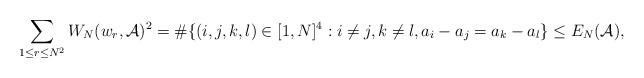
LaTeX: \begin{align*}\sum_{1\leq r\leq N^2}W_N(w_r,\mathcal{A})^2=\#\{(i,j,k,l)\in[1,N]^4:i\neq j, k\neq l, a_i-a_j=a_k-a_l\}\leq E_N(\mathcal{A}),\end{align*}